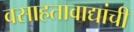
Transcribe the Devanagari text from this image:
वसाहतावाद्यांची